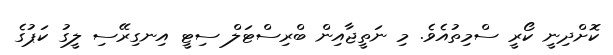
ކޮށްދިނީ ކޯރީ ސްމިތުއެވެ. މި ނަތީޖާއިން ބްރިސްޓަލް ސިޓީ އިނގިރޭސި ލީގު ކަޕުގެ